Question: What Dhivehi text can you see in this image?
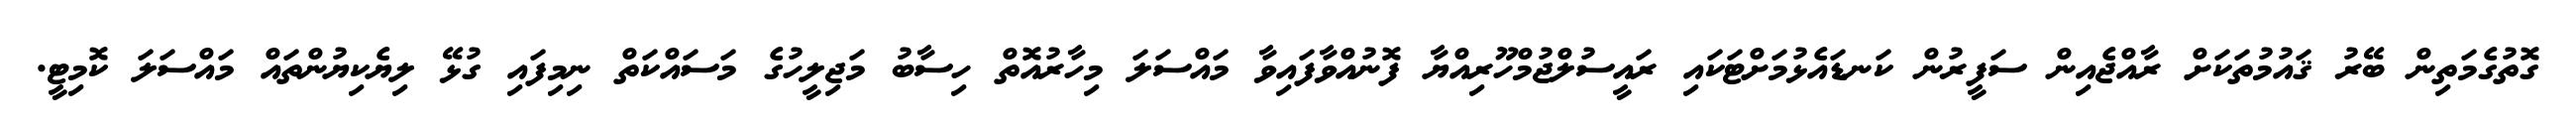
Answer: ގޮތުގެމަތިން ބޭރު ޤައުމުތަކަށް ރާއްޖެއިން ސަފީރުން ކަނޑައެޅުމަށްޓަކައި ރައީސުލްޖުމްހޫރިއްޔާ ފޮނުއްވާފައިވާ މައްސަލަ މިހާރުއޮތް ހިސާބު މަޖިލީހުގެ މަސައްކަތް ނިމިފައި ގުޅޭ ލިޔެކިޔުންތައް މައްސަލަ ކޮމިޓީ.